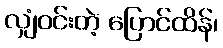
လျှံဝင်းတဲ့ ပြောင်ထိန်၊